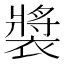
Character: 𫌏